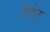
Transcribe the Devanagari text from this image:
पैगेट